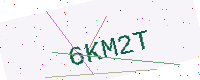
Text: 6KM2T